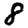
Digit: 8